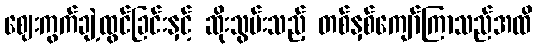
ဈေးကွက်ချဲ့ထွင်ခြင်းနှင့် ဆိုးသွမ်းသည့် တစ်နှစ်ကျော်ကြာသည်အထိ